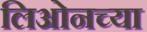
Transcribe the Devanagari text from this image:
लिओनच्या